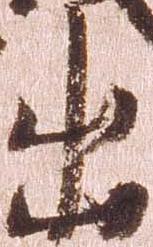
出